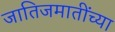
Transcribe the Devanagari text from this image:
जातिजमातींच्या